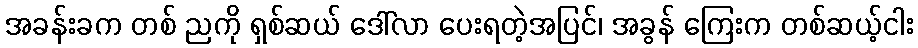
အခန်းခက တစ် ညကို ရှစ်ဆယ် ဒေါ်လာ ပေးရတဲ့အပြင်၊ အခွန် ကြေးက တစ်ဆယ့်ငါး